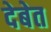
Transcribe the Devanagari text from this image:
देबेत